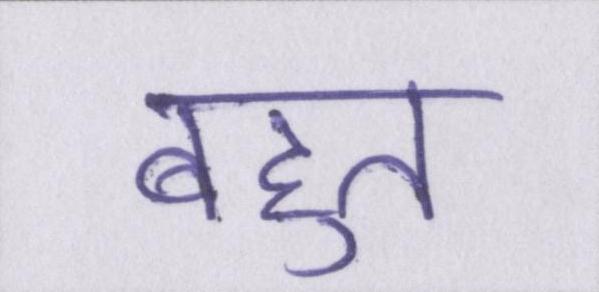
बहुत